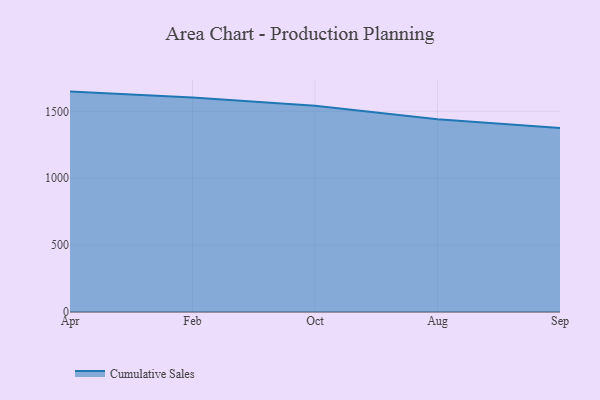
{"axis": {"x": "Month", "y": "Net Income (USD K)"}, "legend": ["Cumulative Sales"], "data": [{"x": "Apr", "y": 1647.3, "type": "Cumulative Sales"}, {"x": "Feb", "y": 1602.8, "type": "Cumulative Sales"}, {"x": "Oct", "y": 1541.4, "type": "Cumulative Sales"}, {"x": "Aug", "y": 1440.7, "type": "Cumulative Sales"}, {"x": "Sep", "y": 1375.4, "type": "Cumulative Sales"}]}